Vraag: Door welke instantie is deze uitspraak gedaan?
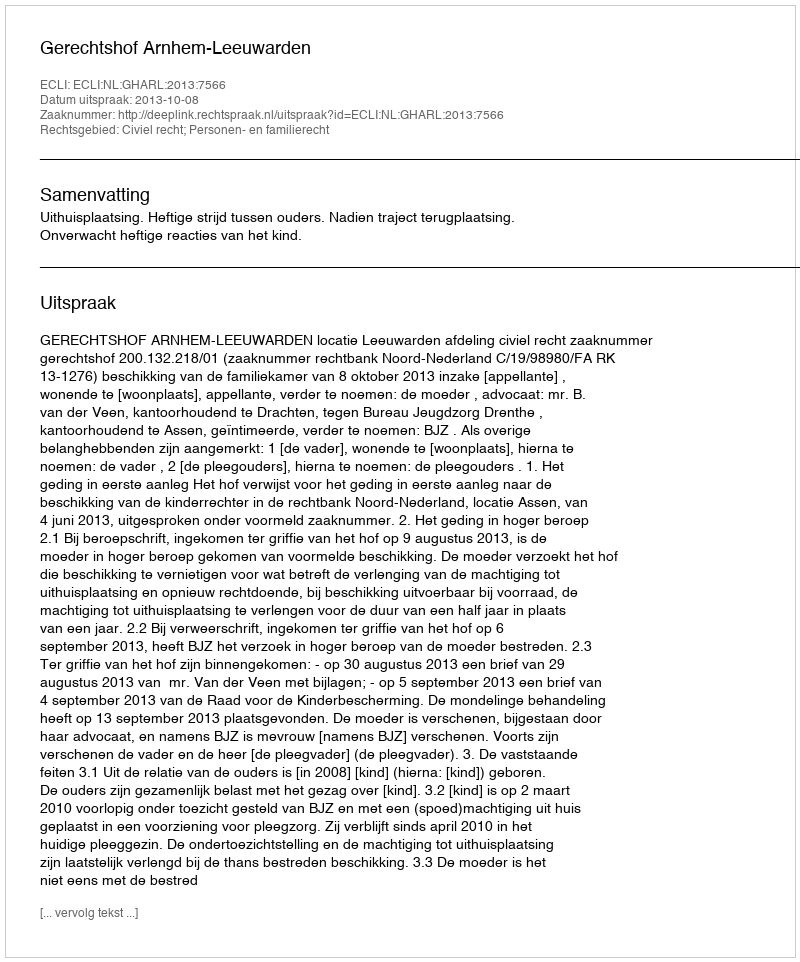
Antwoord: Gerechtshof Arnhem-Leeuwarden